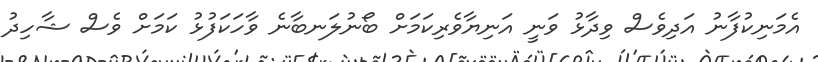
އެމަނިކުފާނު އަދިވެސް ވިދާޅު ވަނީ އަނިޔާވެރިކަމަށް ބޯނުލަނބާނެ ވާހަކަފުޅު ކަމަށް ވެސް ޝާހިދު